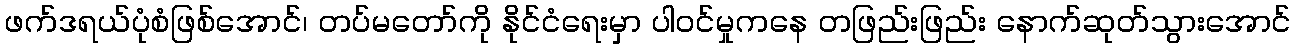
ဖက်ဒရယ်ပုံစံဖြစ်အောင်၊ တပ်မတော်ကို နိုင်ငံရေးမှာ ပါဝင်မှုကနေ တဖြည်းဖြည်း နောက်ဆုတ်သွားအောင်